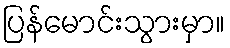
ပြန်မောင်းသွားမှာ။